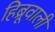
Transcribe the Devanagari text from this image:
हिब्रूवाली